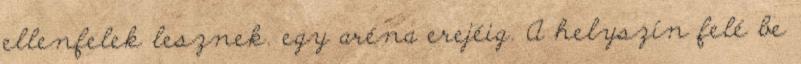
ellenfelek lesznek. egy aréna erejéig. A helyszín felé be